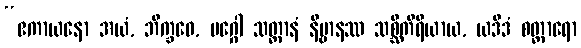
“ဧကာယနော အယံ, ဘိက္ခဝေ, မဂ္ဂေါ သတ္တာနံ နိဗ္ဗာနဿ သစ္ဆိကိရိယာယ, ယဒိဒံ စတ္တာရော